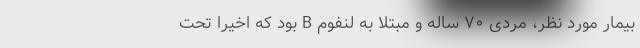
بیمار مورد نظر، مردی ۷۰ ساله و مبتلا به لنفوم B بود که اخیرا تحت